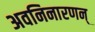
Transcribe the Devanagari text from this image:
अवनिनारणन्